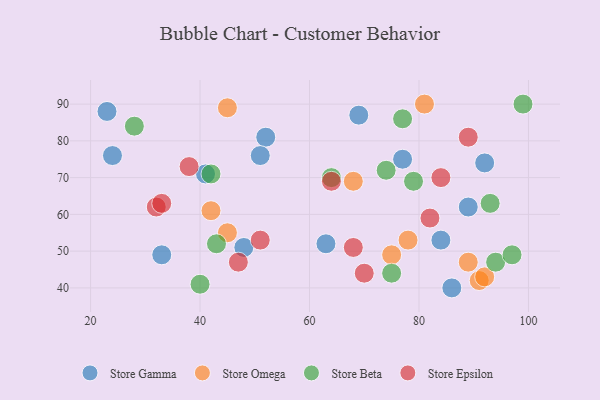
{"axis": {"x": "GDP", "y": "Life Expectancy"}, "legend": ["Store Beta", "Store Epsilon", "Store Gamma", "Store Omega"], "data": [{"x": "33", "y": 49, "type": "Store Gamma"}, {"x": "52", "y": 81, "type": "Store Gamma"}, {"x": "84", "y": 53, "type": "Store Gamma"}, {"x": "92", "y": 74, "type": "Store Gamma"}, {"x": "69", "y": 87, "type": "Store Gamma"}, {"x": "24", "y": 76, "type": "Store Gamma"}, {"x": "23", "y": 88, "type": "Store Gamma"}, {"x": "41", "y": 71, "type": "Store Gamma"}, {"x": "89", "y": 62, "type": "Store Gamma"}, {"x": "51", "y": 76, "type": "Store Gamma"}, {"x": "63", "y": 52, "type": "Store Gamma"}, {"x": "48", "y": 51, "type": "Store Gamma"}, {"x": "77", "y": 75, "type": "Store Gamma"}, {"x": "86", "y": 40, "type": "Store Gamma"}, {"x": "45", "y": 55, "type": "Store Omega"}, {"x": "91", "y": 42, "type": "Store Omega"}, {"x": "89", "y": 47, "type": "Store Omega"}, {"x": "42", "y": 61, "type": "Store Omega"}, {"x": "92", "y": 43, "type": "Store Omega"}, {"x": "81", "y": 90, "type": "Store Omega"}, {"x": "45", "y": 89, "type": "Store Omega"}, {"x": "68", "y": 69, "type": "Store Omega"}, {"x": "75", "y": 49, "type": "Store Omega"}, {"x": "78", "y": 53, "type": "Store Omega"}, {"x": "75", "y": 44, "type": "Store Beta"}, {"x": "28", "y": 84, "type": "Store Beta"}, {"x": "93", "y": 63, "type": "Store Beta"}, {"x": "77", "y": 86, "type": "Store Beta"}, {"x": "43", "y": 52, "type": "Store Beta"}, {"x": "79", "y": 69, "type": "Store Beta"}, {"x": "40", "y": 41, "type": "Store Beta"}, {"x": "94", "y": 47, "type": "Store Beta"}, {"x": "42", "y": 71, "type": "Store Beta"}, {"x": "64", "y": 70, "type": "Store Beta"}, {"x": "99", "y": 90, "type": "Store Beta"}, {"x": "74", "y": 72, "type": "Store Beta"}, {"x": "97", "y": 49, "type": "Store Beta"}, {"x": "32", "y": 62, "type": "Store Epsilon"}, {"x": "47", "y": 47, "type": "Store Epsilon"}, {"x": "84", "y": 70, "type": "Store Epsilon"}, {"x": "70", "y": 44, "type": "Store Epsilon"}, {"x": "38", "y": 73, "type": "Store Epsilon"}, {"x": "51", "y": 53, "type": "Store Epsilon"}, {"x": "82", "y": 59, "type": "Store Epsilon"}, {"x": "89", "y": 81, "type": "Store Epsilon"}, {"x": "64", "y": 69, "type": "Store Epsilon"}, {"x": "68", "y": 51, "type": "Store Epsilon"}, {"x": "33", "y": 63, "type": "Store Epsilon"}]}